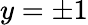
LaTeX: y=\pm 1